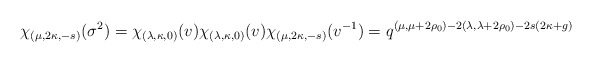
\begin{align*}\chi_{(\mu,2\kappa,-s)}(\sigma^2)=\chi_{(\lambda,\kappa,0)}(v)\chi_{(\lambda,\kappa,0)}(v)\chi_{(\mu,2\kappa,-s)}(v^{-1})=q^{(\mu,\mu+2\rho_0)-2(\lambda,\lambda+2\rho_0)-2s(2\kappa+g)}\end{align*}